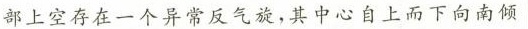
部上空存在一个异常反气旋，其中心自上而下向南倾